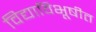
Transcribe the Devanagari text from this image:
विद्याविभूषीत